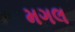
મગલ